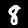
Digit: 8